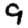
Digit: 9